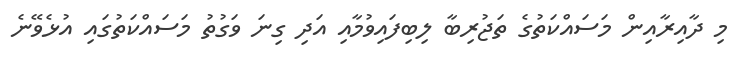
މި ދާއިރާއިން މަސައްކަތުގެ ތަޖުރިބާ ލިބިފައިވުމާއި އަދި ގިނަ ވަގުތު މަސައްކަތުގައި އުޅެވޭނެ